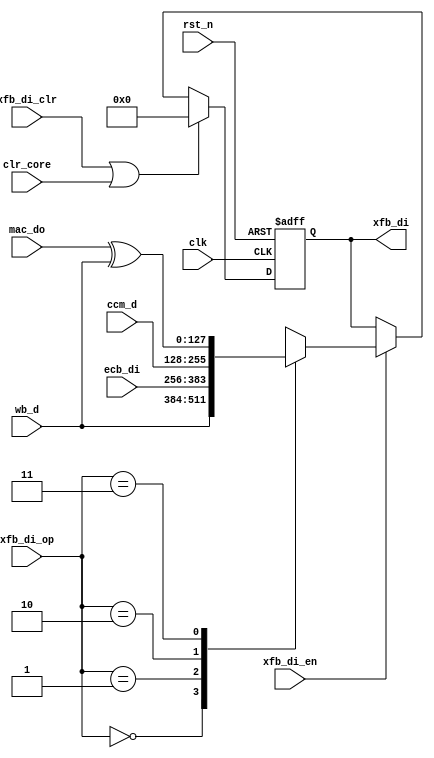
module moo_xfb_di (/*AUTOARG*/
   // Outputs
   xfb_di,
   // Inputs
   clk, rst_n, clr_core, xfb_di_op, xfb_di_en, xfb_di_clr, wb_d, ecb_di, ccm_d, mac_do
   ) ;
   input           clk, rst_n;
   input           clr_core;

   input [1:0]     xfb_di_op;
   input           xfb_di_en;
   input           xfb_di_clr;

   input [127:0]   wb_d;
   input [127:0]   ecb_di;
   input [127:0]   ccm_d;
   input [127:0]   mac_do;

   output [127:0]  xfb_di;
   reg    [127:0]  xfb_di;
   reg    [127:0]  xfb_i;

   localparam XFB_SET_WB   = 2'b00;
   localparam XFB_SET_ECB  = 2'b01;
   localparam XFB_SET_CCM  = 2'b10;
   localparam XFB_SET_MAC  = 2'b11;

   wire [127:0]    cmac_l;
   assign cmac_l   = mac_do ^ wb_d;

   always @ (*) begin
      case (xfb_di_op)
        XFB_SET_WB   : xfb_i = wb_d;
        XFB_SET_ECB  : xfb_i = ecb_di;
        XFB_SET_CCM  : xfb_i = ccm_d;
        XFB_SET_MAC  : xfb_i = cmac_l;
      endcase // case (xfb_di_op)
   end

   always @ (posedge clk or negedge rst_n) begin
      if(!rst_n) begin
         xfb_di <= 128'd0;
      end else begin
         if(xfb_di_clr | clr_core) begin
            xfb_di <= 128'd0;
         end else if(xfb_di_en) begin
            xfb_di <= xfb_i;
         end
      end
   end

endmodule // moo_xfb_di